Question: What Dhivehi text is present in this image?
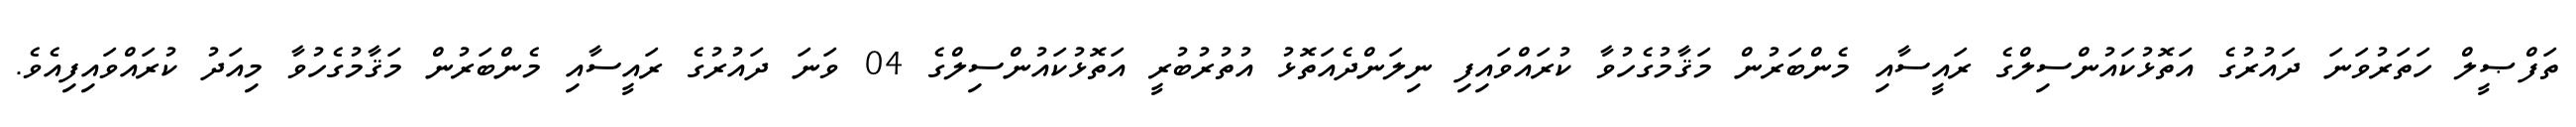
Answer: ތަފްޞީލް ހަތަރުވަނަ ދައުރުގެ އަތޮޅުކައުންސިލްގެ ރައީސާއި މެންބަރުން މަޤާމުގެހުވާ ކުރައްވައިފި ނިލަންދެއަތޮޅު އުތުރުބުރީ އަތޮޅުކައުންސިލްގެ 04 ވަނަ ދައުރުގެ ރައީސާއި މެންބަރުން މަޤާމުގެހުވާ މިއަދު ކުރައްވައިފިއެވެ.